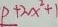
P + 2 x ^ { 2 } + 1